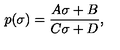
p ( \sigma ) = \frac { A \sigma + B } { C \sigma + D } ,